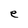
Character: e